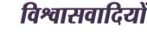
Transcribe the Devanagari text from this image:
विश्वासवादियों